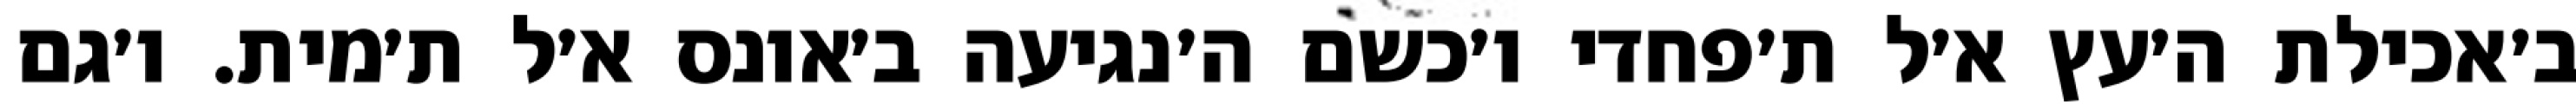
ב׳אכילת ה׳עץ א׳ל ת׳פחדי ו׳כשם ה׳נגיעה ב׳אונס א׳ל ת׳מית. ו׳גם